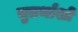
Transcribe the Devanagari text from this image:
चुतर्थांशों